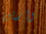
وارين